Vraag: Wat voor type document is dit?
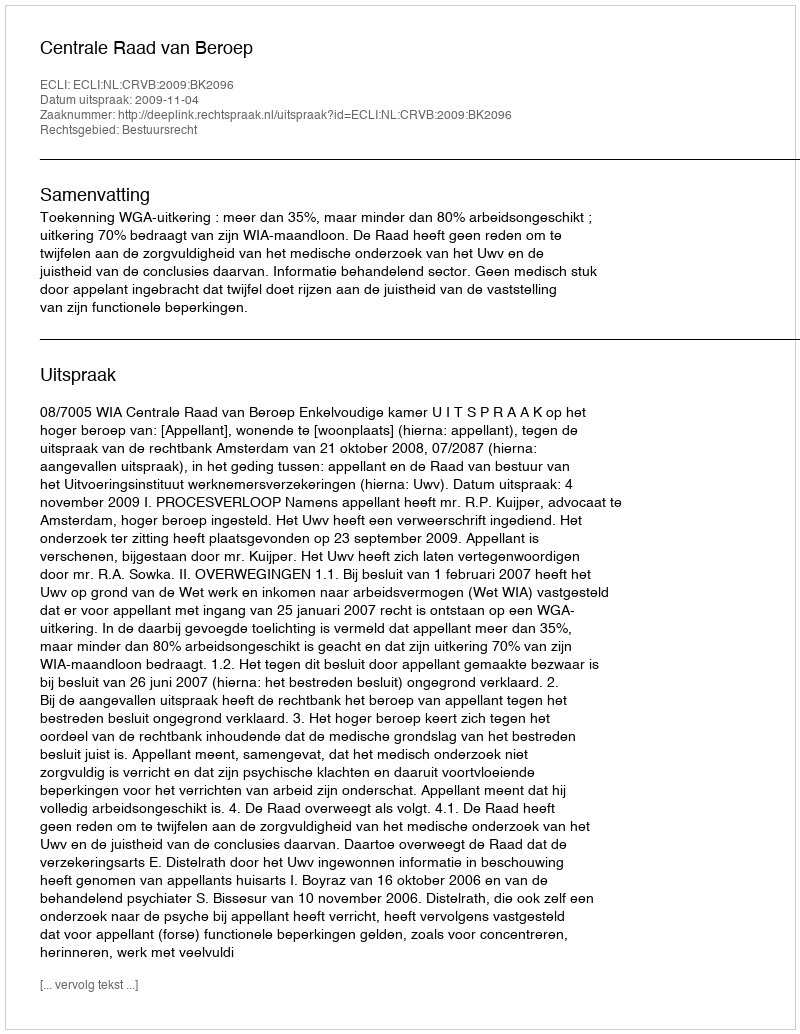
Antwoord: Uitspraak